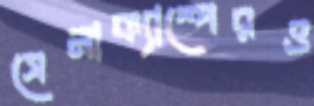
সেনাক্যাম্পেরও